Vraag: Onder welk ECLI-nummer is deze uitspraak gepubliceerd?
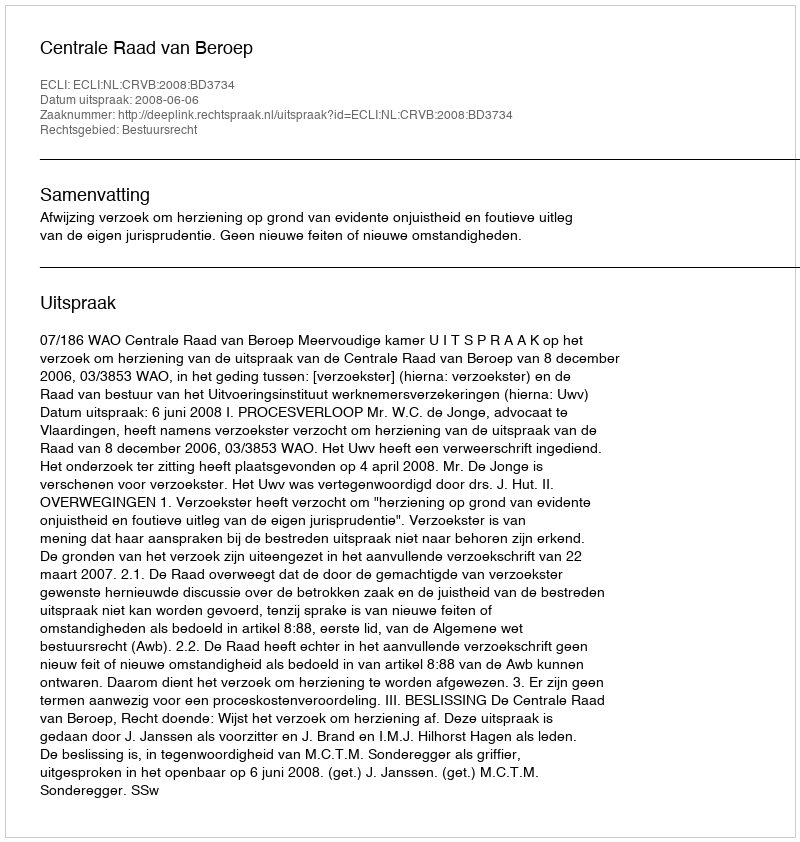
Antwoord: ECLI:NL:CRVB:2008:BD3734